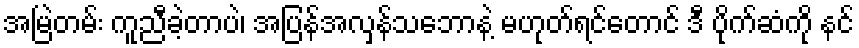
အမြဲတမ်း ကူညီခဲ့တာပဲ၊ အပြန်အလှန်သဘောနဲ့ မဟုတ်ရင်တောင် ဒီ ပိုက်ဆံကို နင်